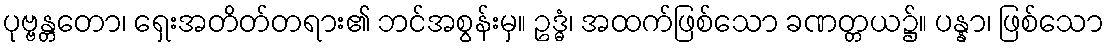
ပုဗ္ဗန္တတော၊ ရှေးအတိတ်တရား၏ ဘင်အစွန်းမှ။ ဥဒ္ဓံ၊ အထက်ဖြစ်သော ခဏတ္တယ၌။ ပန္နာ၊ ဖြစ်သော